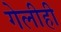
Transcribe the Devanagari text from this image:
गेलीही